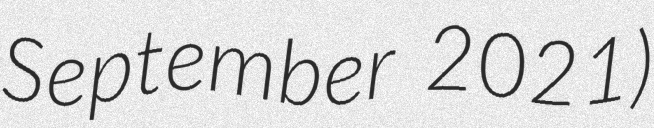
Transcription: September 2021)